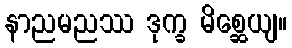
နာညမညဿ ဒုက္ခ မိစ္ဆေယျ။